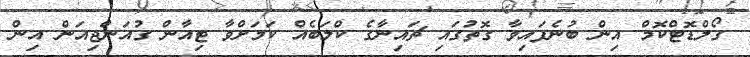
ގޯލްޑޮޓްކޮމް އިން ބުނެފައިވާ ގޮތުގައި ޗައިނާގެ ކްލަބެއް ކަމަށްވާ ޓިއާން ގުއަންޖިއަން އިން